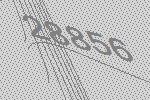
28856